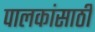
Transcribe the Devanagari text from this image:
पालकांसाठी